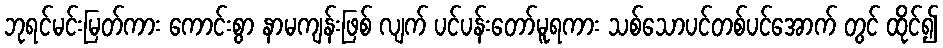
ဘုရင်မင်းမြတ်ကား ကောင်းစွာ နာမကျန်းဖြစ် လျက် ပင်ပန်းတော်မူရကား သစ်သောပင်တစ်ပင်အောက် တွင် ထိုင်၍